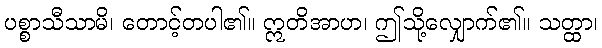
ပစ္စာသီသာမိ၊ တောင့်တပါ၏။ ဣတိအာဟ၊ ဤသို့လျှောက်၏။ သတ္ထာ၊